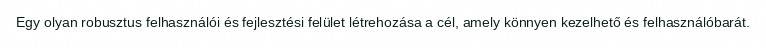
Egy olyan robusztus felhasználói és fejlesztési felület létrehozása a cél, amely könnyen kezelhető és felhasználóbarát.